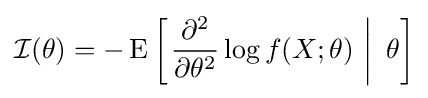
{\mathcal {I}}(\theta )=-\operatorname {E} \left[\left.{\frac {\partial ^{2}}{\partial \theta ^{2}}}\log f(X;\theta )\,\,\right|\,\,\theta \right]